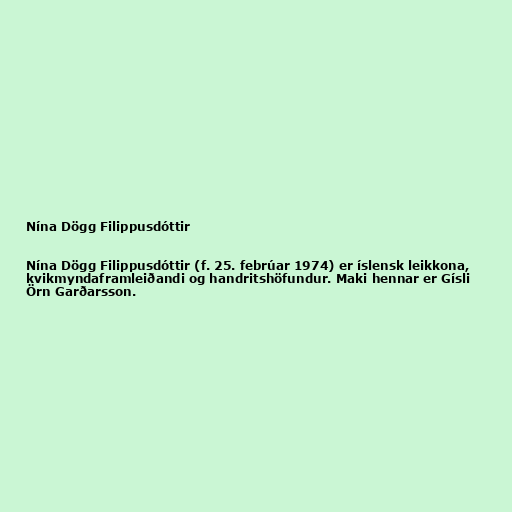
Nína Dögg Filippusdóttir

Nína Dögg Filippusdóttir (f. 25. febrúar 1974) er íslensk leikkona,
kvikmyndaframleiðandi og handritshöfundur. Maki hennar er Gísli
Örn Garðarsson.